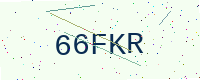
Text: 66FKR